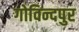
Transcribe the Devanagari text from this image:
गोविन्‍दपुर